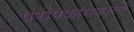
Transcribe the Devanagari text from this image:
परोपकाराकारणे